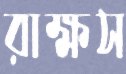
রাক্ষস